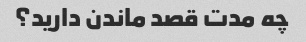
چه مدت قصد ماندن دارید؟